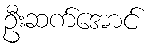
ဦးဆက်အောင်